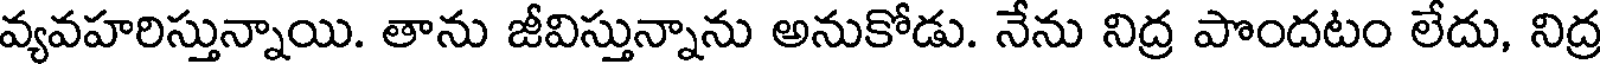
వ్యవహరిస్తున్నాయి. తాను జీవిస్తున్నాను అనుకోడు. నేను నిద్ర పొందటం లేదు, నిద్ర